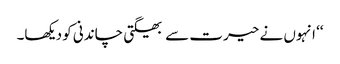
‘‘ انہوں نے حیرت سے بھیگتی چاندنی کو دیکھا۔